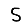
Digit: 5